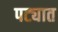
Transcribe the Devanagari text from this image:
पट्यात